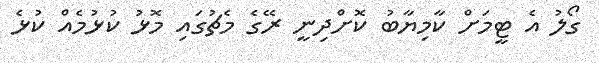
ގޯލު އެ ޓީމަށް ކާމިޔާބު ކޮށްދިނީ ރޭގެ މެޗުގައި މޮޅު ކުޅުމެއް ކުޅެ